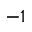
^ { - 1 }